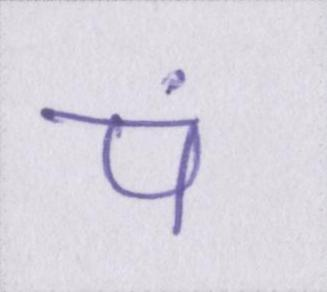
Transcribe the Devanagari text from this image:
पं